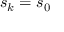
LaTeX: s _ { k } = s _ { 0 }